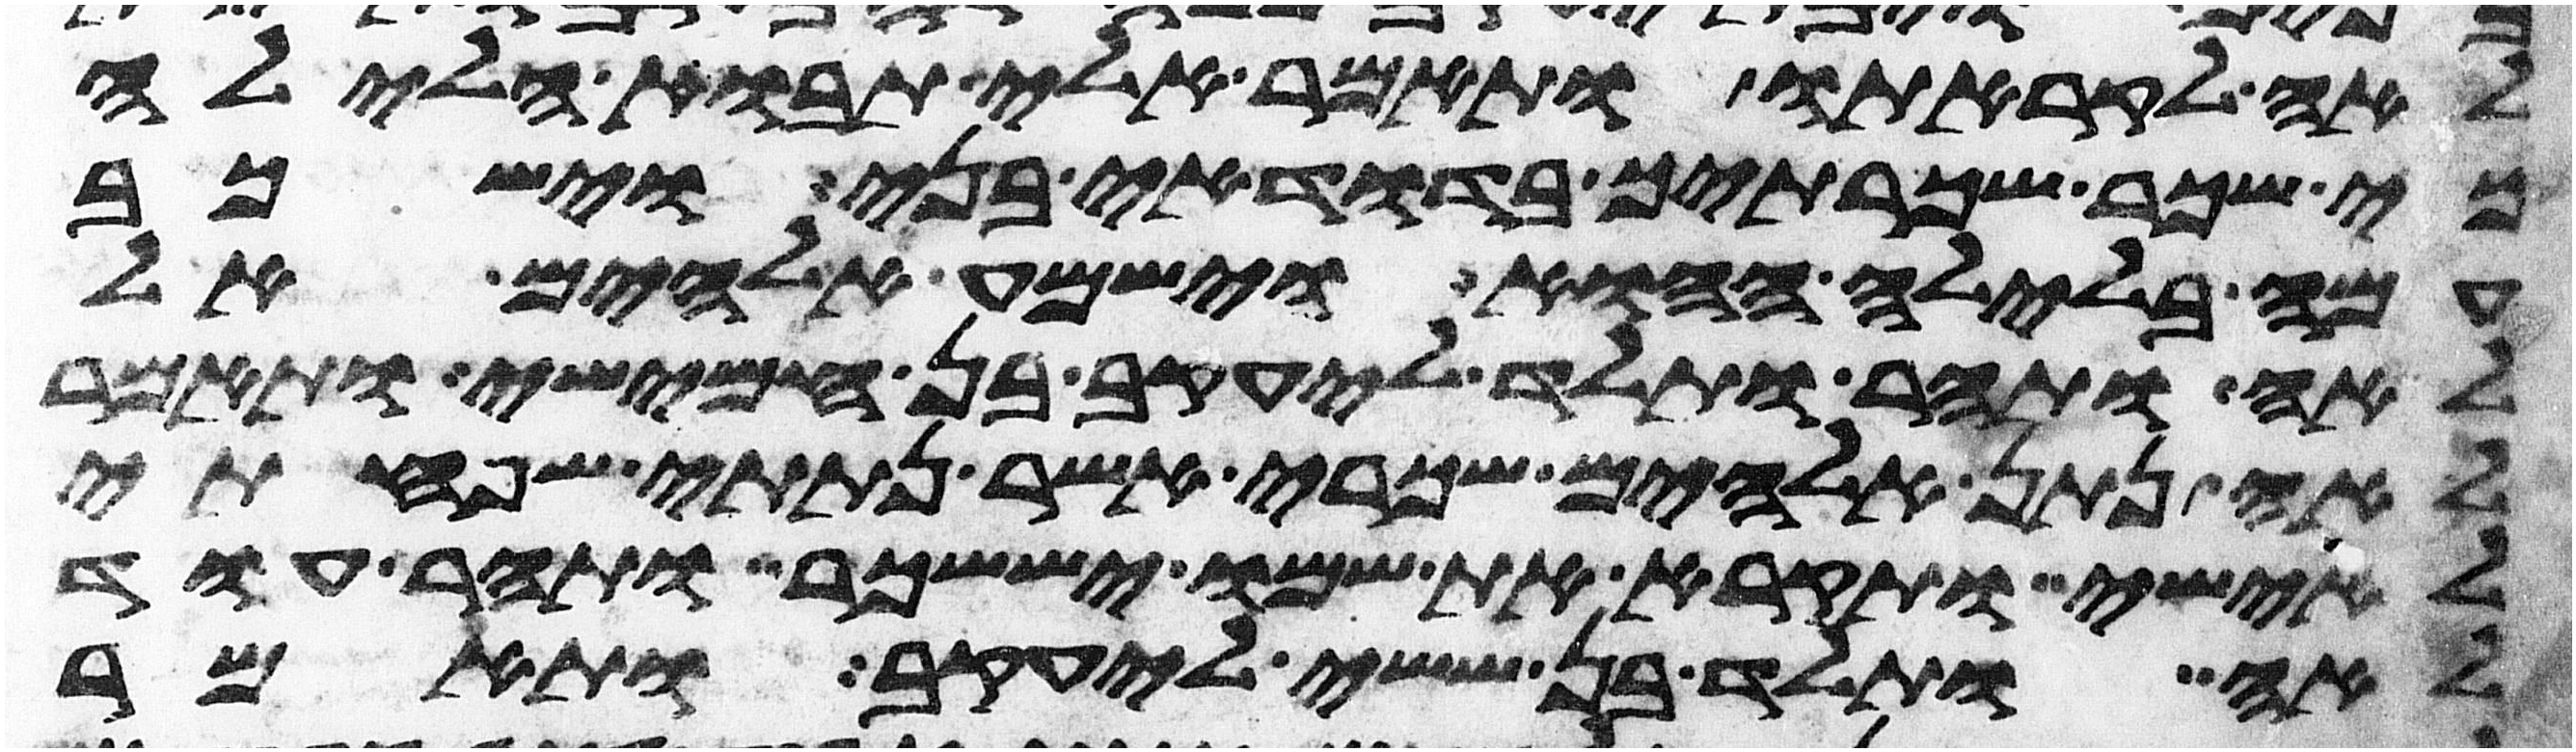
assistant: לאה לקראתו ותאמר אלי תבוא הלילה
כי שכר שכרתיך בדודי בני וישכב
עמה בלילה ההוא וישמע אלהים אל
לאה ותהר ותלד ליעקב בן חמישי ותאמר
לאה נתן אלהים שכרי אשר נתתי שפחתי
לאישי ותקרא את שמו יששכר ותהר עוד
לאה ותלד בן ששי ליעקב ותאמר